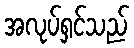
အလုပ်ရှင်သည်